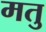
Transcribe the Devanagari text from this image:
मतु